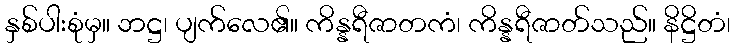
နှစ်ပါးစုံမှ။ ဘဋ္ဌ၊ ပျက်လေ၏။ ကိန္နရီဇာတကံ၊ ကိန္နရီဇာတ်သည်။ နိဋ္ဌိတံ၊